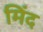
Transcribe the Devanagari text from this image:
मिंद